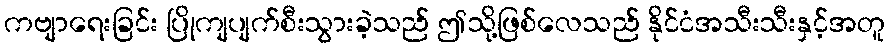
ကဗျာရေးခြင်း ပြိုကျပျက်စီးသွားခဲ့သည် ဤသို့ဖြစ်လေသည် နိုင်ငံအသီးသီးနှင့်အတူ